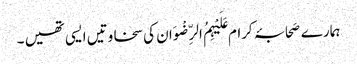
ہمارے صَحابۂ کرام عَلَیْہِمُ الرِّضْوَان کی سخاوتیں ایسی تھیں ۔